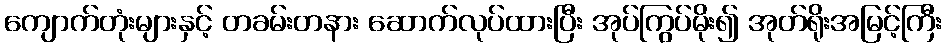
ကျောက်တုံးများနှင့် တခမ်းတနား ဆောက်လုပ်ထားပြီး အုပ်ကြွပ်မိုး၍ အုတ်ရိုးအမြင့်ကြီး